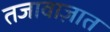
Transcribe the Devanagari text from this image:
तजावाज़ात